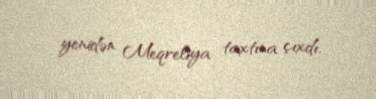
yenidən Meqreliya taxtına çıxdı.